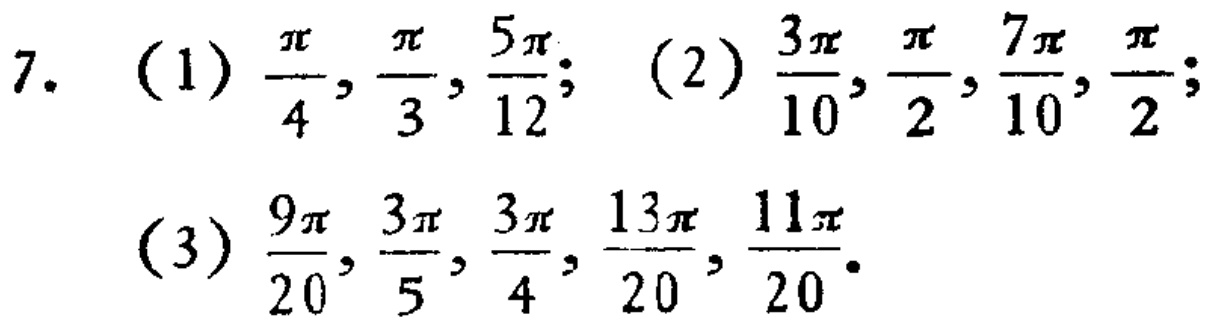
7. (1) \(\frac{\pi}{4}, \frac{\pi}{3}, \frac{5\pi}{12}\); (2) \(\frac{3\pi}{10}, \frac{\pi}{2}, \frac{7\pi}{10}, \frac{\pi}{2}\); (3) \(\frac{9\pi}{20}, \frac{3\pi}{5}, \frac{3\pi}{4}, \frac{13\pi}{20}, \frac{11\pi}{20}\)